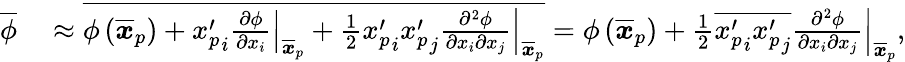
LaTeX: \begin{array}{rl}{\overline{{\phi}}}&{{}\approx\overline{{\phi\left(\overline{{\boldsymbol x}}_{p}\right)+{x_{p}^{\prime}}_{i}\left.\frac{\partial\phi}{\partial x_{i}}\right|_{\overline{{\boldsymbol x}}_{p}}+\frac{1}{2}{{x_{p}^{\prime}}_{i}{x_{p}^{\prime}}_{j}}\left.\frac{\partial^{2}\phi}{\partial x_{i}\partial x_{j}}\right|_{\overline{{\boldsymbol x}}_{p}}}}=\phi\left(\overline{{\boldsymbol x}}_{p}\right)+\frac{1}{2}\overline{{{x_{p}^{\prime}}_{i}{x_{p}^{\prime}}_{j}}}\left.\frac{\partial^{2}\phi}{\partial x_{i}\partial x_{j}}\right|_{\overline{{\boldsymbol x}}_{p}},}\end{array}